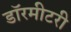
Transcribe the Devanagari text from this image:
डॉरमीटरी